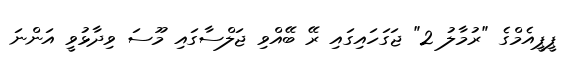
ޕީޕީއެމްގެ "ރުމާލު 2" ޖަގަހައިގައި ރޭ ބޭއްވި ޖަލްސާގައި މޫސަ ވިދާޅުވީ އަންނަ